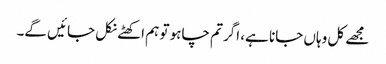
مجھے کل وہاں جانا ہے، اگر تم چاہو تو ہم اکھٹے نکل جائیں گے۔